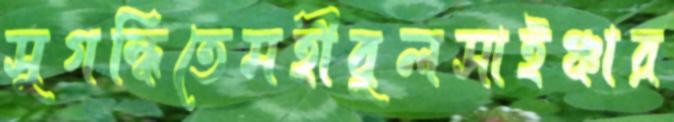
সুগন্ধিতেমহীবুলসাইঞ্চার